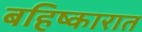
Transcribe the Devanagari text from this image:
बहिष्कारात